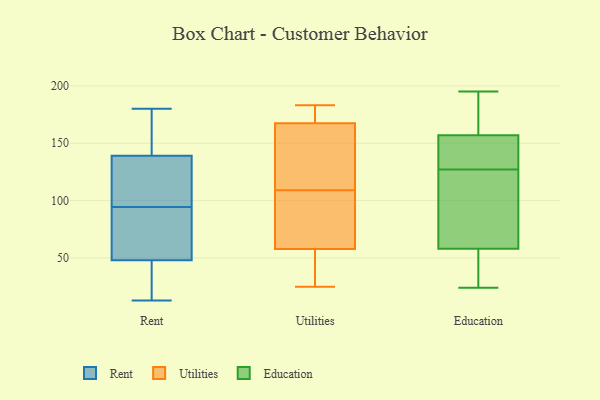
{"axis": {"x": "Satisfaction Score", "y": "Value"}, "legend": ["Education", "Rent", "Utilities"], "data": [{"x": "", "y": 43, "type": "Rent"}, {"x": "", "y": 91, "type": "Rent"}, {"x": "", "y": 14, "type": "Rent"}, {"x": "", "y": 163, "type": "Rent"}, {"x": "", "y": 126, "type": "Rent"}, {"x": "", "y": 22, "type": "Rent"}, {"x": "", "y": 93, "type": "Rent"}, {"x": "", "y": 180, "type": "Rent"}, {"x": "", "y": 170, "type": "Rent"}, {"x": "", "y": 96, "type": "Rent"}, {"x": "", "y": 60, "type": "Rent"}, {"x": "", "y": 121, "type": "Rent"}, {"x": "", "y": 13, "type": "Rent"}, {"x": "", "y": 139, "type": "Rent"}, {"x": "", "y": 77, "type": "Rent"}, {"x": "", "y": 137, "type": "Rent"}, {"x": "", "y": 155, "type": "Rent"}, {"x": "", "y": 48, "type": "Rent"}, {"x": "", "y": 182, "type": "Utilities"}, {"x": "", "y": 72, "type": "Utilities"}, {"x": "", "y": 25, "type": "Utilities"}, {"x": "", "y": 63, "type": "Utilities"}, {"x": "", "y": 172, "type": "Utilities"}, {"x": "", "y": 166, "type": "Utilities"}, {"x": "", "y": 161, "type": "Utilities"}, {"x": "", "y": 42, "type": "Utilities"}, {"x": "", "y": 183, "type": "Utilities"}, {"x": "", "y": 101, "type": "Utilities"}, {"x": "", "y": 151, "type": "Utilities"}, {"x": "", "y": 35, "type": "Utilities"}, {"x": "", "y": 109, "type": "Utilities"}, {"x": "", "y": 145, "type": "Education"}, {"x": "", "y": 195, "type": "Education"}, {"x": "", "y": 109, "type": "Education"}, {"x": "", "y": 157, "type": "Education"}, {"x": "", "y": 46, "type": "Education"}, {"x": "", "y": 24, "type": "Education"}, {"x": "", "y": 110, "type": "Education"}, {"x": "", "y": 167, "type": "Education"}, {"x": "", "y": 58, "type": "Education"}, {"x": "", "y": 144, "type": "Education"}]}